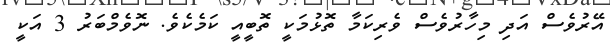
އޭރުވެސް އަދި މިހާރުވެސް ވެރިކަމާ ތޮޅުމަކީ ތޮބީއީ ކަމެކެވެ. ނޮވެމްބަރު 3 އަކީ